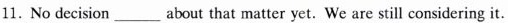
11. No decision_about that matter yet. We are still considering it.